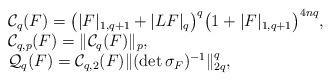
LaTeX: \begin{align*}\begin{array}{ll}&\mathcal{C}_q(F)=\big(|F|_{1,q+1}+|LF|_{q}\big)^ q\big(1+|F|_{1,q+1}\big)^ {4nq},\\ &\mathcal{C}_{q,p}(F)=\|\mathcal{C}_q(F)\|_ p,\\ &\mathcal{Q}_{q}(F)=\mathcal{C}_{q,2}(F)\|(\det \sigma_F)^ {-1}\|_{2q}^ q,\end{array}\end{align*}